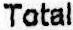
TOTAL